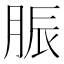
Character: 脤